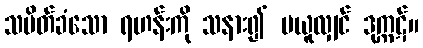
သပိတ်ခံသော ရဟန်းကို သနား၍ မယူလျှင် ဒုက္ကဋ်။